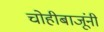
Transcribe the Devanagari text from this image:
चोहीबाजूंनी